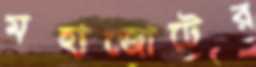
মহাজোটের